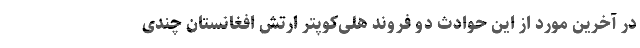
در آخرین مورد از این حوادث دو فروند هلی‌کوپتر ارتش افغانستان چندی